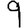
Digit: 9